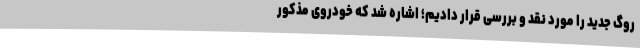
روگ جدید را مورد نقد و بررسی قرار دادیم؛ اشاره شد که خودروی مذکور